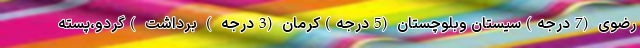
رضوی (7درجه)سیستان وبلوچستان (5درجه)کرمان (3درجه ) برداشت )گردو،پسته